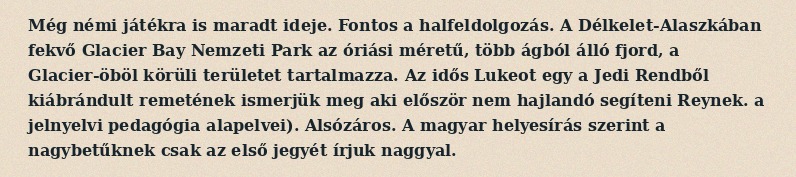
Még némi játékra is maradt ideje. Fontos a halfeldolgozás. A Délkelet-Alaszkában fekvő Glacier Bay Nemzeti Park az óriási méretű, több ágból álló fjord, a Glacier-öböl körüli területet tartalmazza. Az idős Lukeot egy a Jedi Rendből kiábrándult remetének ismerjük meg aki először nem hajlandó segíteni Reynek. a jelnyelvi pedagógia alapelvei). Alsózáros. A magyar helyesírás szerint a nagybetűknek csak az első jegyét írjuk naggyal.